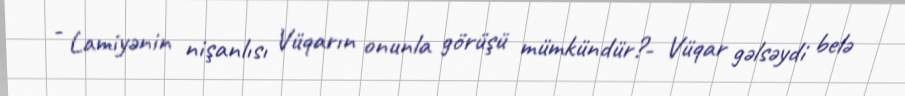
- Lamiyənin nişanlısı Vüqarın onunla görüşü mümkündür?- Vüqar gəlsəydi belə